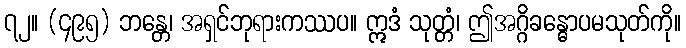
၇၂။ (၄၉၅) ဘန္တေ၊ အရှင်ဘုရားကဿပ။ ဣဒံ သုတ္တံ၊ ဤအဂ္ဂိခန္ဓောပမသုတ်ကို။